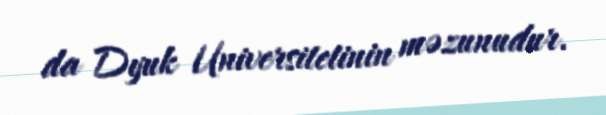
da Dyuk Universitetinin məzunudur.